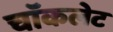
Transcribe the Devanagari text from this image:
चाॅकलेट